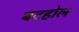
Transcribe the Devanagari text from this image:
बटहोल